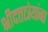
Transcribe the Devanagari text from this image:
श्रीदत्तात्रेयांना